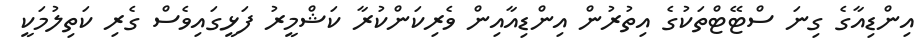
އިންޑިއާގެ ގިނަ ސްޓޭޓްތަކުގެ އިތުރުން އިންޑިއާއިން ވެރިކަންކުރާ ކަޝްމީރު ފަޅީގައިވެސް ގެރި ކަތިލުމަކީ